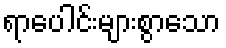
ရာပေါင်းများစွာသော